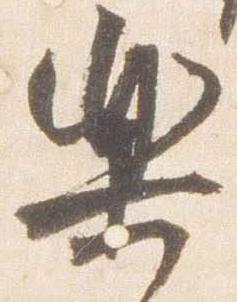
楽